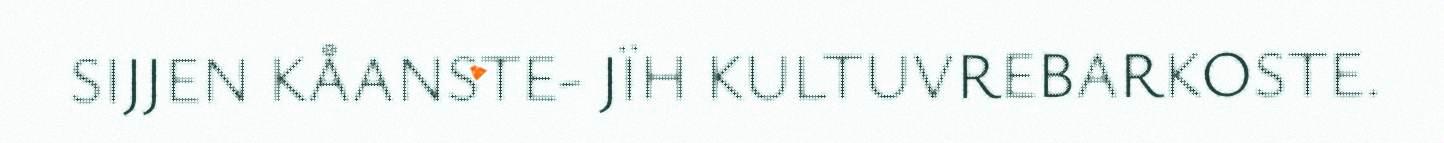
SIJJEN KÅANSTE- JÏH KULTUVREBARKOSTE.